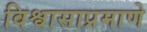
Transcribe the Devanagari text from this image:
विश्वासाप्रमाणे